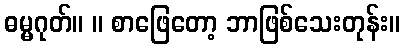
ဓမ္မဂုတ်။ ။ စာဖြေတော့ ဘာဖြစ်သေးတုန်း။